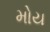
મોય